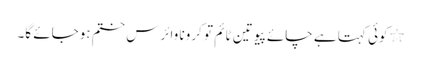
٭کوئی کہتا ہے چائے پیو تین ٹائم تو کرونا وائرس ختم ہوجائے گا۔